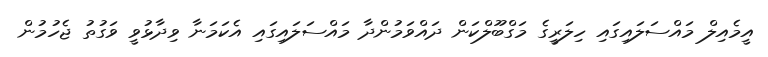
އީމެއިލް މައްސަލައިގައި ހިލަރީގެ މަގްބޫލްކަން ދައްވަމުންދާ މައްސަލައިގައި އެކަމަނާ ވިދާޅުވީ ވަގުތު ޖެހުމުން